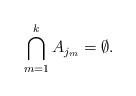
LaTeX: \begin{align*}\bigcap_{m=1}^k A_{j_m} = \emptyset.\end{align*}